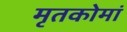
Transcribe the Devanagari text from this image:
मृतकोमां